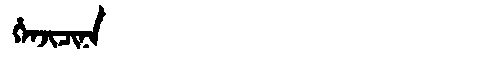
Manchu: ᡥᡝᠨᠵᡳᠴᡳᠨᠠ
Romanization: HENJICINA